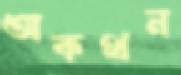
অকথন